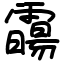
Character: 霷